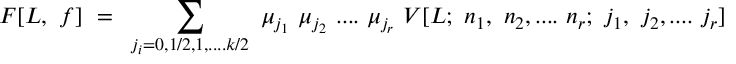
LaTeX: F [ L , ~ f ] ~ = ~ \sum _ { j _ { i } = 0 , 1 / 2 , 1 , . . . . k / 2 } ~ \mu _ { j _ { 1 } } ~ \mu _ { j _ { 2 } } ~ . . . . ~ \mu _ { j _ { r } } ~ V [ L ; ~ n _ { 1 } , ~ n _ { 2 } , . . . . ~ n _ { r } ; ~ j _ { 1 } , ~ j _ { 2 } , . . . . ~ j _ { r } ]